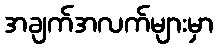
အချက်အလက်များမှာ